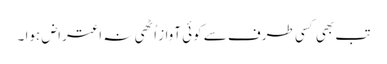
تب بھی کسی طرف سے کوئی آواز اُٹھی نہ اعتراض ہوا ۔